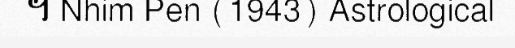
។ Nhim Pen (1943) Astrological